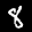
Label: 8